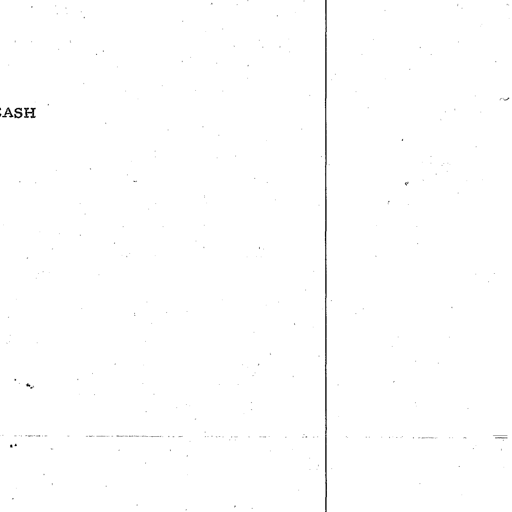
CASH